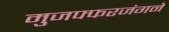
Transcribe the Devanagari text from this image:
मुजफ्फरजंगने